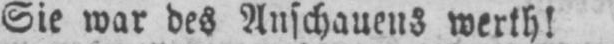
Sie war des Anschauens werth!